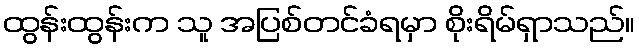
ထွန်းထွန်းက သူ အပြစ်တင်ခံရမှာ စိုးရိမ်ရှာသည်။